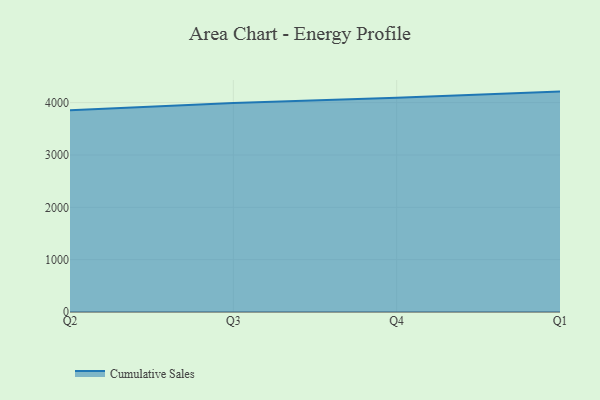
{"axis": {"x": "Quarter", "y": "Net Income (USD K)"}, "legend": ["Cumulative Sales"], "data": [{"x": "Q2", "y": 3856.0, "type": "Cumulative Sales"}, {"x": "Q3", "y": 3992.7, "type": "Cumulative Sales"}, {"x": "Q4", "y": 4091.2, "type": "Cumulative Sales"}, {"x": "Q1", "y": 4210.4, "type": "Cumulative Sales"}]}